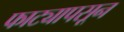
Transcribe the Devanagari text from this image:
फाट्यापसून